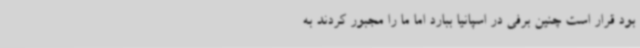
بود قرار است چنین برفی در اسپانیا ببارد اما ما را مجبور کردند به